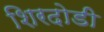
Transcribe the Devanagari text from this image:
शिरदोडी